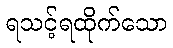
ရသင့်ရထိုက်သော